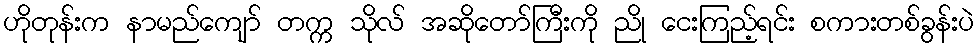
ဟိုတုန်းက နာမည်ကျော် တက္က သိုလ် အဆိုတော်ကြီးကို ညို ငေးကြည့်ရင်း စကားတစ်ခွန်းပဲ